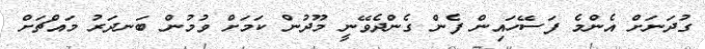
ގުދަނަށް އެންމެ ފަސޭހައިން ފެން ގެންދެވޭނީ މޫދުން ކަމަށް ވުމުން ބަނދަރު މައްޗަށް